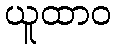
ယူထာဝ